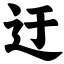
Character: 迂